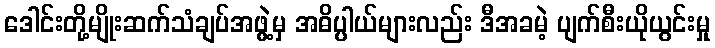
ဒေါင်းတို့မျိုးဆက်သံချပ်အဖွဲ့မှ အဓိပ္ပါယ်များလည်း ဒီအခမဲ့ ပျက်စီးယိုယွင်းမှု